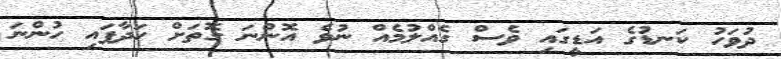
ދުވަހު ކަނޑުގެ އަޑީގައި ވެސް ގެއްލުމެއް ނުވެ އޮންނަ ގޮތަށް ހަދާފައި ހުންނަ